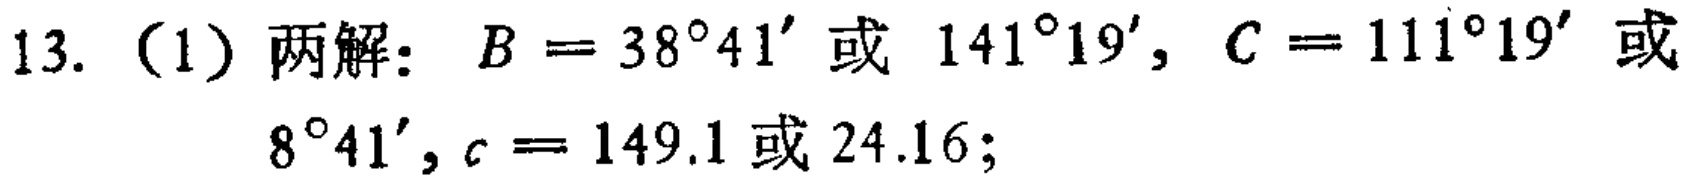
13.（1）两解：\(B = 38^{\circ}41'\)或 \(141^{\circ}19'\)，\(C = 111^{\circ}19'\)或 \(8^{\circ}41'\)，\(c = 149.1\)或 \(24.16\)；